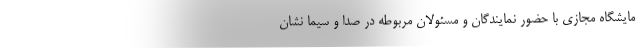
مایشگاه مجازی با حضور نمایندگان و مسئولان مربوطه در صدا و سیما نشان